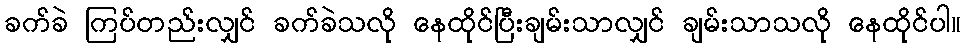
ခက်ခဲ ကြပ်တည်းလျှင် ခက်ခဲသလို နေထိုင်ပြီးချမ်းသာလျှင် ချမ်းသာသလို နေထိုင်ပါ။